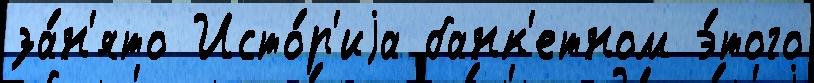
за́н'ято Исто́р'иjа банк'етном э́того